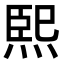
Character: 𤋮